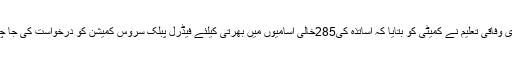
سیکرٹری وفاقی تعلیم نے کمیٹی کو بتایا کہ اساتذہ کی285خالی اسامیوں میں بھرتی کیلئے فیڈرل پبلک سروس کمیشن کو درخواست کی جا چکی ہے۔